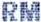
RM